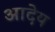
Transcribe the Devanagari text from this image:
आदेय